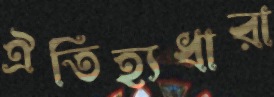
ঐতিহ্যধারা